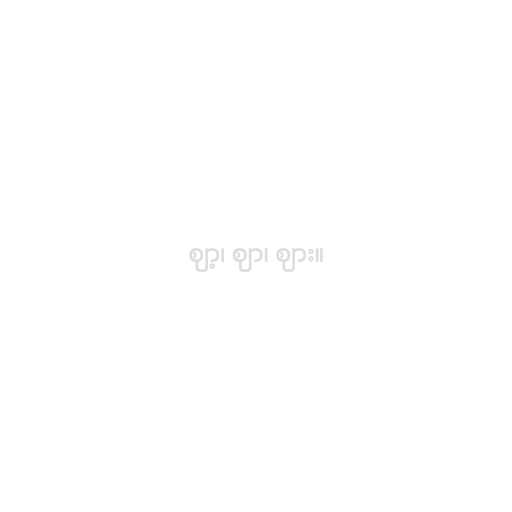
ဈာ့၊ ဈာ၊ ဈား။